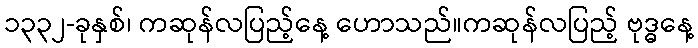
၁၃၃၂-ခုနှစ်၊ ကဆုန်လပြည့်နေ့ ဟောသည်။ကဆုန်လပြည့် ဗုဒ္ဓနေ့